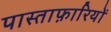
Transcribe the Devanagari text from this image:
पास्ताफ़ारियों